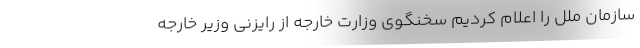
سازمان ملل را اعلام کردیم سخنگوی وزارت خارجه از رایزنی وزیر خارجه